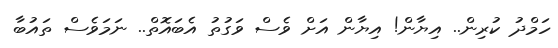
ހަމްދު ކުރިން.. އިޔާން! އިޔާން އަށް ވެސް ވަގުތު އެބައޮތް.. ނަމަވެސް ތައުބާ